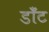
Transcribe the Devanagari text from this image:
डॉँट